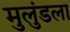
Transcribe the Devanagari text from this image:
मुलुंडला